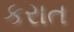
કરાત